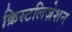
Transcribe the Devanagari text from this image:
क्रिस्टलिज़ेशन